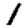
Digit: 1